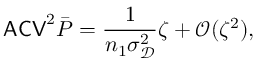
\mathsf { A C V } ^ { 2 } \bar { P } = \frac { 1 } { n _ { 1 } \sigma _ { \mathscr D } ^ { 2 } } \zeta + \mathcal O ( \zeta ^ { 2 } ) ,